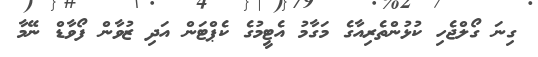
ގިނަ ގޯލްޖެހި ކުޅުންތެރިއާގެ މަގާމު އެޓީމުގެ ކެޕްޓަން އަދި ޒުވާން ފޯވާޑް ނޭމާ